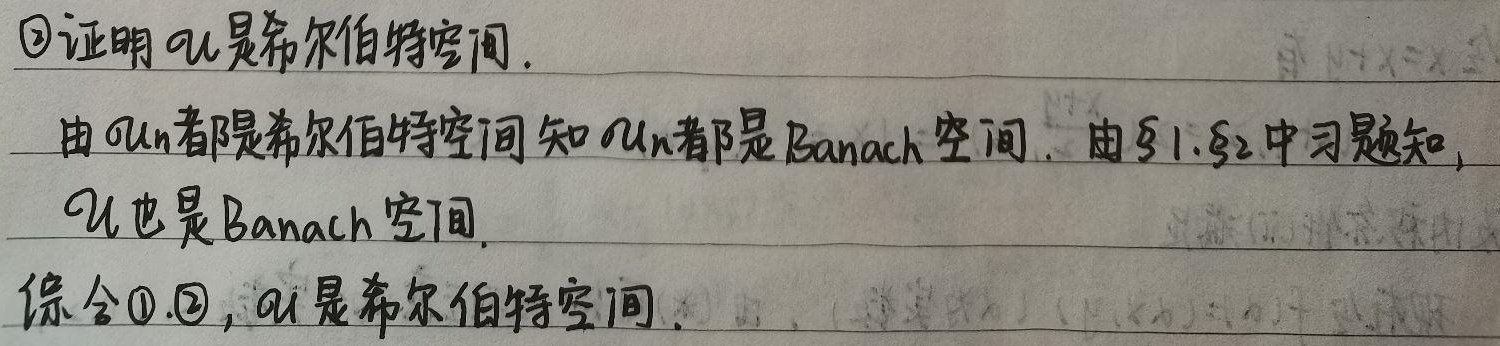
\textcircled{2}证明\(\mathcal{U}\)是希尔伯特空间。由\(\mathcal{U}_n\)都是希尔伯特空间知\(\mathcal{U}_n\)都是Banach空间。由§1.§2中习题知，\(\mathcal{U}\)也是Banach空间。综合\textcircled{1}.\textcircled{2}，\(\mathcal{U}\)是希尔伯特空间。